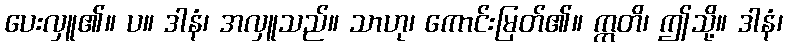
ပေးလှူ၏။ ပ။ ဒါနံ၊ အလှူသည်။ သာဟု၊ ကောင်းမြတ်၏။ ဣတိ၊ ဤသို့။ ဒါနံ၊